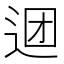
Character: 𰺹